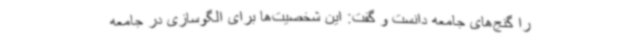
را گنج‌های جامعه دانست و گفت: این شخصیت‌ها برای الگوسازی در جامعه